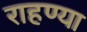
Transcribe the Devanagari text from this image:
राहण्या